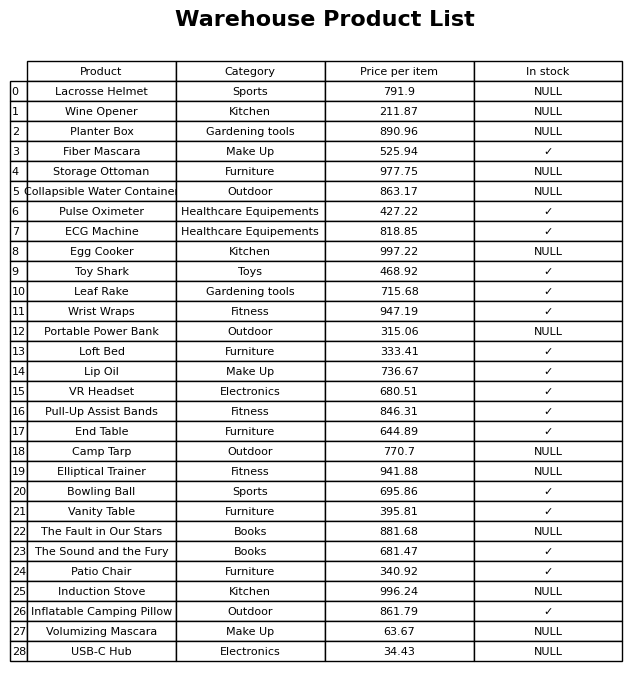
question: What is the price for Collapsible Water Container?
answer: The price of Collapsible Water Container is 863.17.